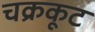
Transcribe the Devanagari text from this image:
चक्रकूट